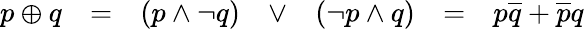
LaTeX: \begin{array}{lllllll}{p\oplus q}&{=}&{(p\land\lnot q)}&{\lor}&{(\lnot p\land q)}&{=}&{p{\overline{{q}}}+{\overline{{p}}}q}\end{array}